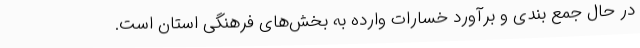
در حال جمع بندی و برآورد خسارات وارده به بخش‌های فرهنگی استان است.